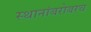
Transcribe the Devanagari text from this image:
स्थानांबरोबरच